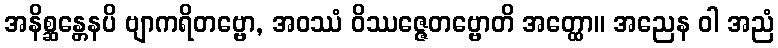
အနိစ္ဆန္တေနပိ ဗျာကရိတဗ္ဗော, အဝဿံ ဝိဿဇ္ဇေတဗ္ဗောတိ အတ္ထော။ အညေန ဝါ အညံ